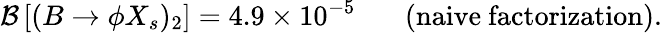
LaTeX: {\cal B}\left[(B\to\phi X_{s})_{2}\right]=4.9\times 10^{-5}~~~~~~~\mathrm{(naive~factorization).}